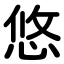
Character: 悠